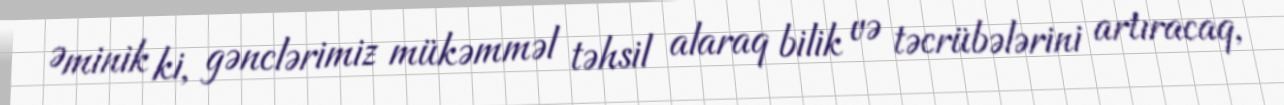
Əminik ki, gənclərimiz mükəmməl təhsil alaraq bilik və təcrübələrini artıracaq,